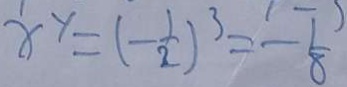
x ^ { y } = ( - \frac { 1 } { 2 } ) ^ { 3 } = - \frac { 1 } { 8 }